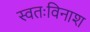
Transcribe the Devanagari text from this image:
स्वतःविनाश